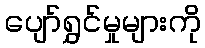
ပျော်ရွှင်မှုများကို